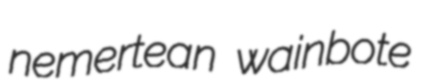
nemertean wainbote